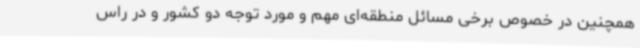
همچنین در خصوص برخی مسائل منطقه‌ای مهم و مورد توجه دو کشور و در راس